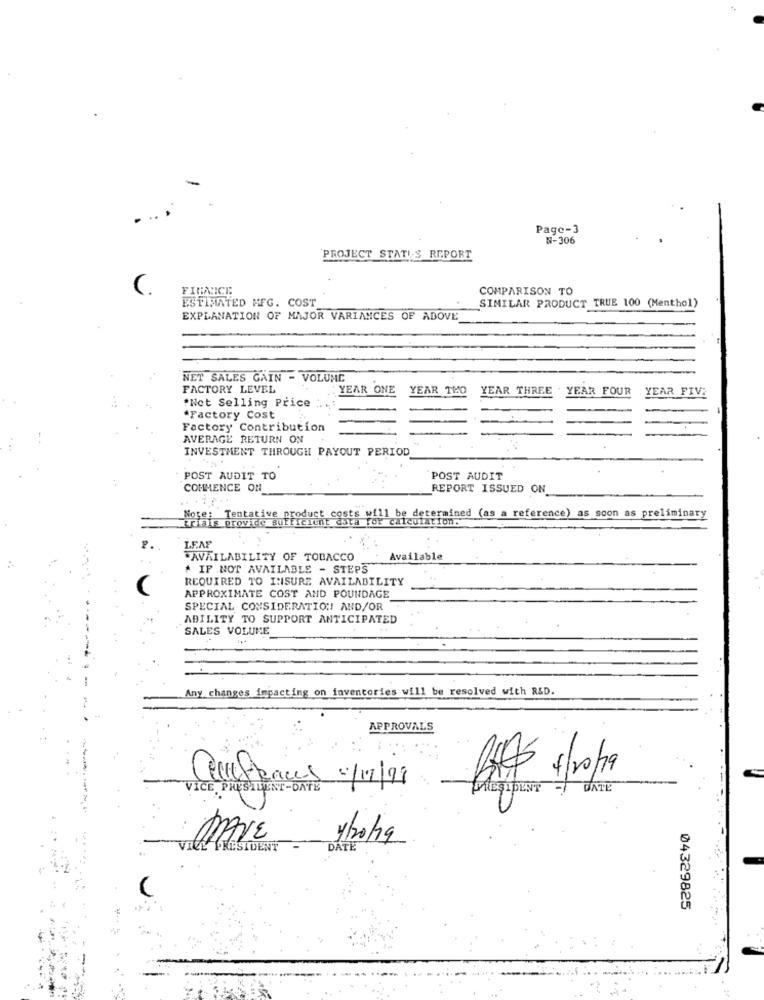
Page-3
N-306
PROJECT STATIS REPORT
C.
FINNNICE
COMPARISON TO
ESTIMATED MFG. COST
SIMILAR PRODUCT TRUE 100 (Menthol)
EXPLANATION OF MAJOR VARIANCES OF ABOVE
NET SALES GAIN - VOLUME
FACTORY LEVEL
YEAR ONE
YEAR THO
YEAR THREE
YEAR FOUR
YEAR FIVE
*Not Selling Price
*Factory Cost
Factory Contribution
AVERAGE RETURN ON
INVESTMENT THROUGH PAYOUT PERIOD
POST AUDIT TO
POST AUDIT
COMMENCE ON
REPORT ISSUED ON
dust casts for calculation.
111 be determined (as a reference) as soon as preliminary
forhis provide Butfic Ient
LEAF
JAVAILABILITY OF TOBACCO
Available
. IF NOT AVAILABLE - STEPS
REQUIRED TO INISURE AVAILABILITY
APPROXIMATE COST AND POUNDAGE
SPECIAL CONSIDERATION AND/OR
ABILITY TO SUPPORT ANTICIPATED
SALES VOLUME
Any changes impacting on inventories will be resolved with R&D.
APPROVALS
VICE PRESIDENT -DATE
Cellefences 4/17/98
PRESIDENT
DATE
: NAVE
1/20/19
VICE PRESIDENT
DATE
04329825